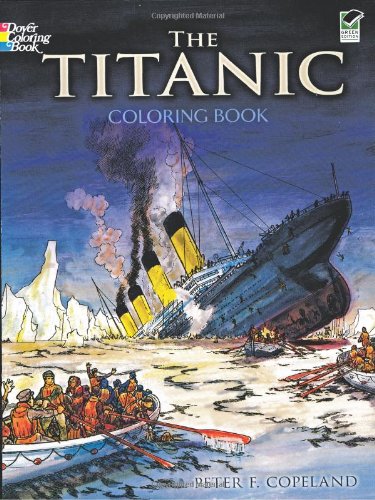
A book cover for The Titanic Coloring Book (Dover History Coloring Book); Peter F. Copeland; Children's Books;